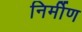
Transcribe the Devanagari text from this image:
निर्मीण